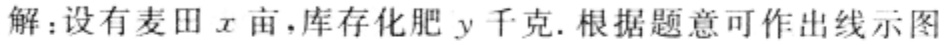
解：设有麦田\(x\)亩，库存化肥\(y\)千克. 根据题意可作出线示图